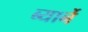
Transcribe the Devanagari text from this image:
ब्यार्ने